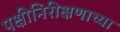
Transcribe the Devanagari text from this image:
पक्षीनिरीक्षणाच्या